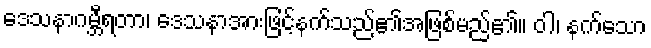
ဒေသနာဂမ္ဘီရတာ၊ ဒေသနာအားဖြင့်နက်သည်၏အဖြစ်မည်၏။ ဝါ၊ နက်သော